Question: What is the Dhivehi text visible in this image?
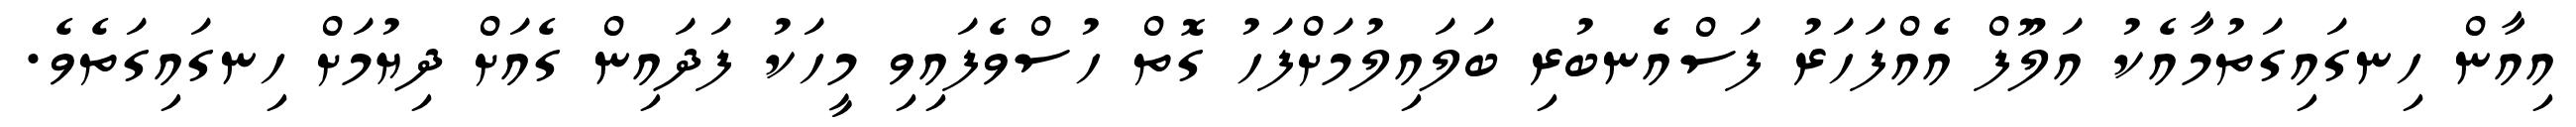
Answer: އިއާން ހިނގައިގަތުމާއެކު އަލޫފް އެއްފަހަރު ފަސްއެނބުރި ބަލައިލުމަށްފަހު ގޮތް ހުސްވެފައިވި މީހަކު ފަދައިން ގެއަށް ދިޔުމަށް ހިނގައިގަތެވެ.